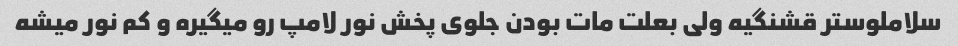
سلاملوستر قشنگیه ولی بعلت مات بودن جلوی پخش نور لامپ رو میگیره و کم نور میشه